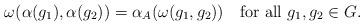
LaTeX: \begin{align*}\omega(\alpha(g_1),\alpha(g_2))=\alpha_A(\omega(g_1,g_2))\quad\mbox{for all $g_1,g_2\in G$.}\end{align*}